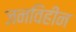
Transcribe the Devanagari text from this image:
जनविहीन